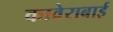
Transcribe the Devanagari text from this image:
कावेराबाई